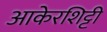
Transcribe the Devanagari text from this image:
आकेरशिट्टी